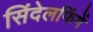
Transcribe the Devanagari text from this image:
सिंदेलफिंगें